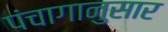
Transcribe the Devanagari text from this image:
पंंचागानुसार